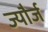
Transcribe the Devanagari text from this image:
ज्यौर्ज